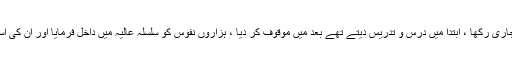
تادم مرشد کریم کے مشن کو جاری رکھا ، ابتدا میں درس و تدریس دیتے تھے بعد میں موقوف کر دیا ، ہزاروں نفوس کو سلسلہ عالیہ میں داخل فرمایا اور ان کی اسلامی روحانی تربیت فرمائی ۔